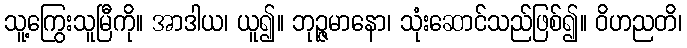
သူ့ကြွေးသူမြီကို။ အာဒါယ၊ ယူ၍။ ဘုဉ္ဇမာနော၊ သုံးဆောင်သည်ဖြစ်၍။ ဝိဟညတိ၊